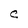
Character: C